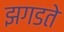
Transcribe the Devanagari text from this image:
झगडते